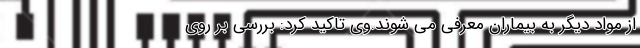
از مواد دیگر به بیماران معرفی می شوند.وی تاکید کرد: بررسی بر روی